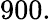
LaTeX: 900.